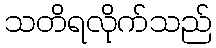
သတိရလိုက်သည်